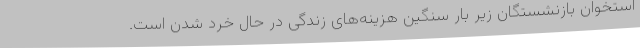
استخوان بازنشستگان زیر بار سنگین هزینه‌های زندگی در حال خرد شدن است.